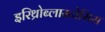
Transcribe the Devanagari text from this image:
इरिथ्रोब्लास्टोसिस